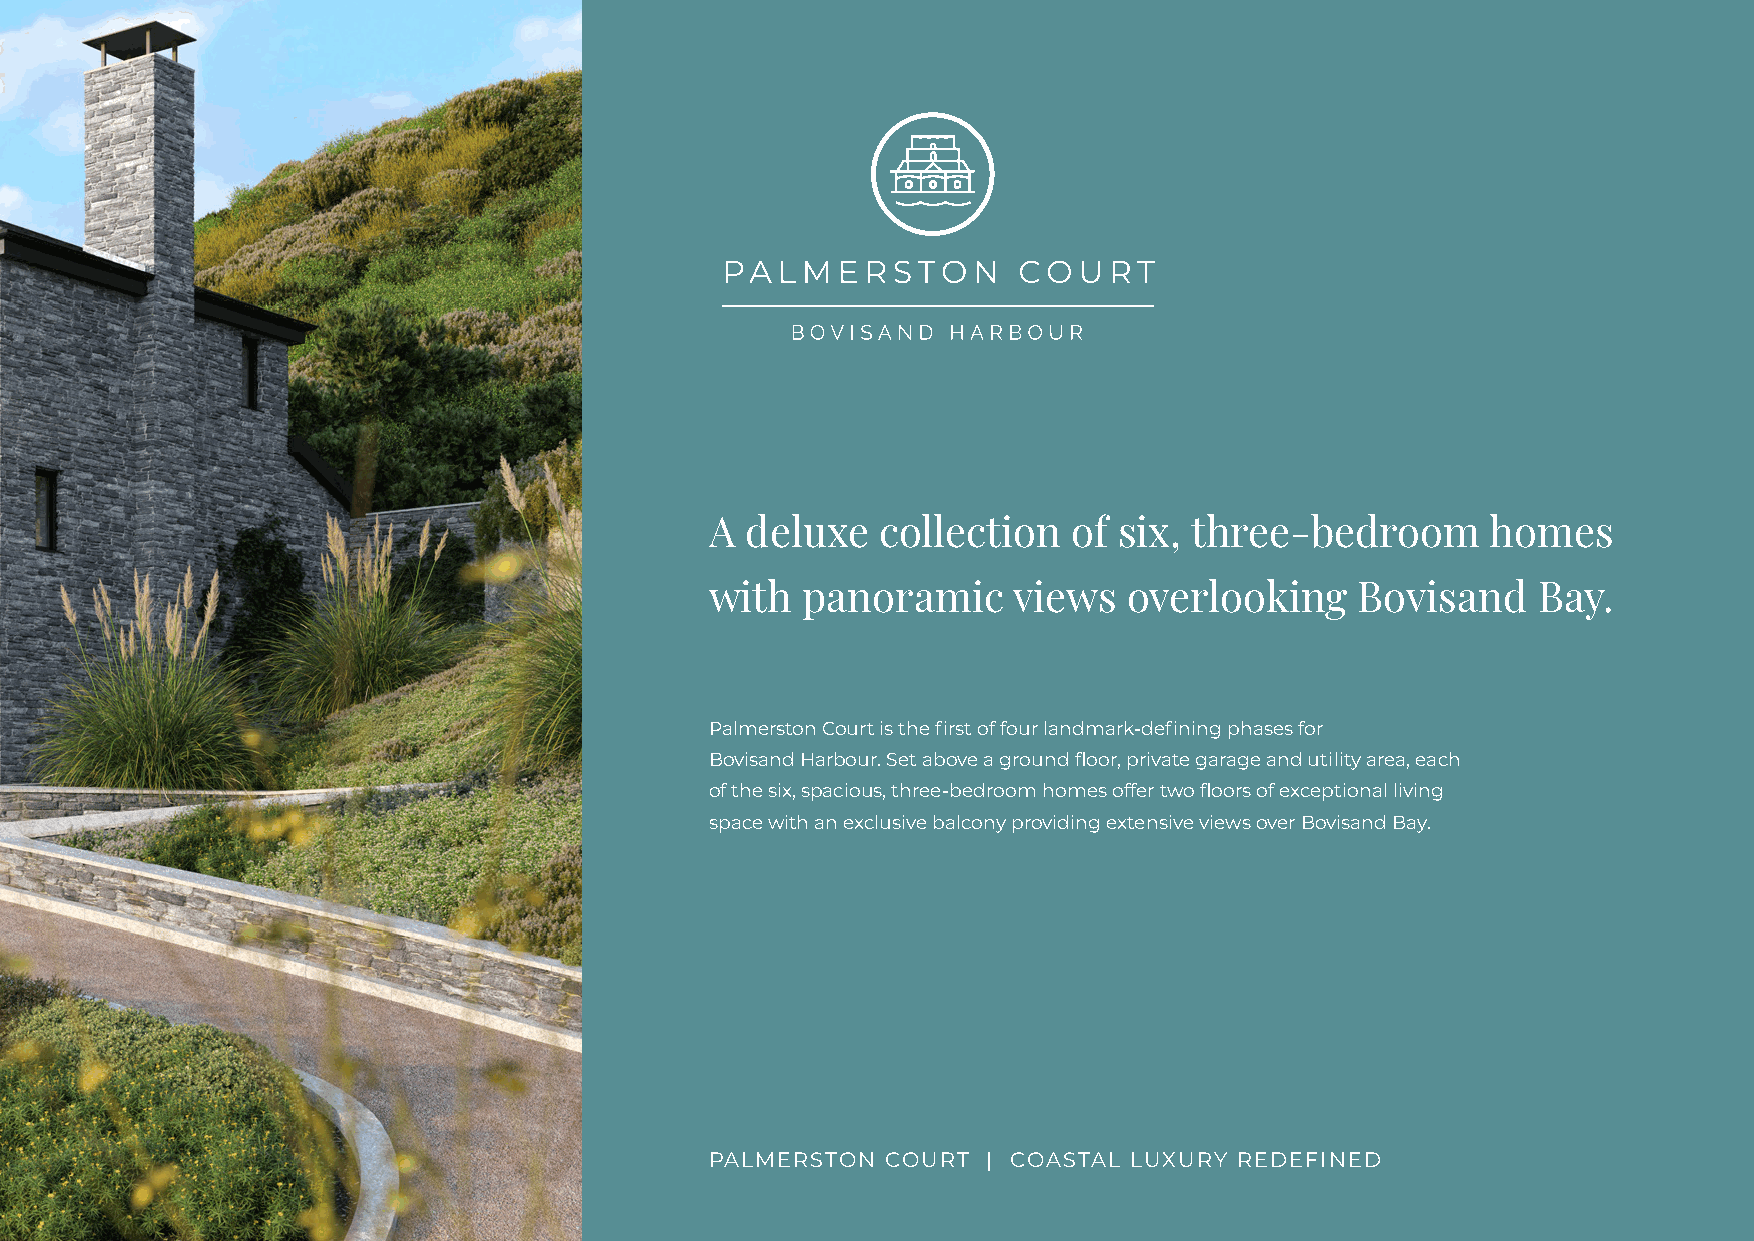
A deluxe   collection   of six, three-bedroom       homes
 with  panoramic     views   overlooking    Bovisand    Bay.
 BOVISAND HABROBVOISUARND HARBOUR
 Palmerston Court is the first of four landmark-defining phases for
 Bovisand Harbour. Set above a ground floor, private garage and utility area, each
 of the six, spacious, three-bedroom homes offer two floors of exceptional living
 space with an exclusive balcony providing extensive views over Bovisand Bay.
 PALMERSTON  COURT | COASTAL LUXURY REDEFINED